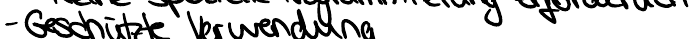
- Geschützte Verwendung